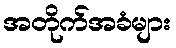
အတိုက်အခံများ